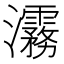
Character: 𬉮